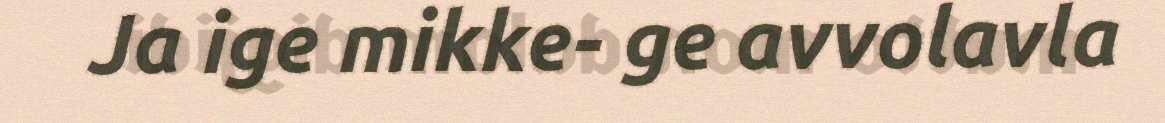
Ja ige mikke- ge avvolavla